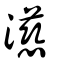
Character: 濨